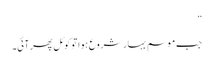
”
جب موسم بہار شروع ہوا تو کوئل پھر آئی۔